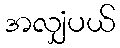
အလျှံပယ်